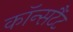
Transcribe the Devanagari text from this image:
कॉन्सटैंट